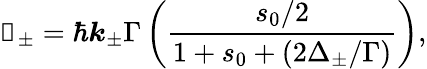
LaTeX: \boldsymbol{\mathscr{F}}_{\pm}=\hbar\boldsymbol{k}_{\pm}\Gamma\left(\frac{{s_{0}/2}}{{1+s_{0}+(2\Delta_{\pm}/\Gamma)}}\right),